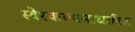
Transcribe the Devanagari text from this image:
स्वैरकल्पनाधारित